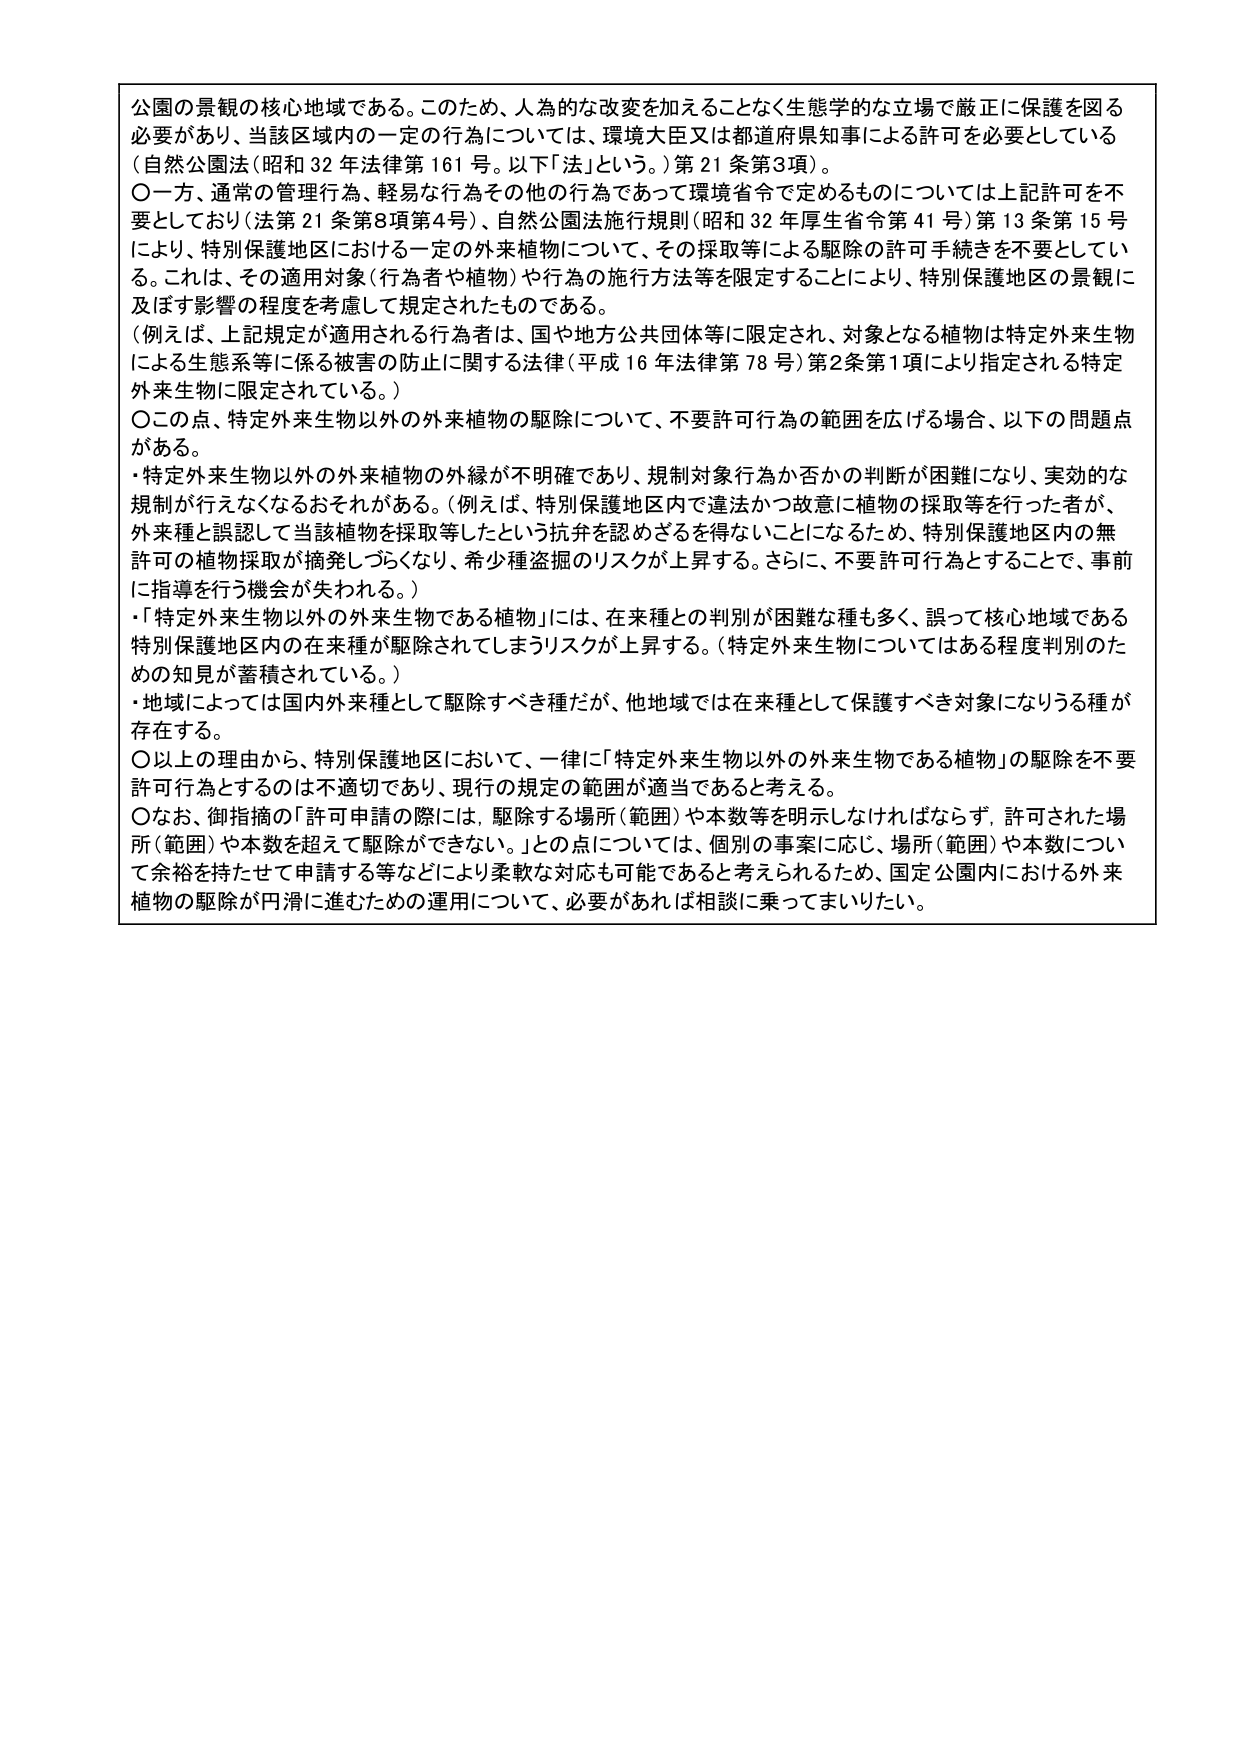
公園の景観の核心地域である。このため、人為的な変更を加えることなく生態学的な立場で厳正に保護を図る必要があり、当該区域内の一定の行為については、環境大臣又は都道府県知事による許可を必要としている（自然公園法（昭和32年法律第161号。以下「法」という。）第21条第3項）。

○一方、通常の管理行為、軽易な行為等その他の行為であって環境省令で定めるものについては上記許可を不要としており（法第21条第8項第4号）、自然公園法施行規則（昭和32年厚生省令第41号）第13条第15号により、特別保護地区における一定の外来植物について、その採取等による駆除の許可手続きを不要としている。これは、その適用対象（行為者や植物）や行為の施行方法等を限定することにより、特別保護地区の景観に及ぼす影響の程度を考慮して規定されたものである。

（例えば、上記規定が適用される行為者は、国や地方公共団体等に限定され、対象となる植物は特定外来生物による生態系等に係る被害の防止に関する法律（平成16年法律第78号）第2条第1項により指定される特定外来生物に限定されている。）

○この点、特定外来生物以外の外来植物の駆除について、不要許可行為の範囲を広げる場合、以下の問題点がある。

・特定外来生物以外の外来植物の外縁が不明確であり、規制対象行為か否かの判断が困難になり、実効的な規制が行えなくなるおそれがある。（例えば、特別保護地区内で違法かつ故意に植物の採取等を行った者が、外来種と誤認して当該植物を採取等したという抗弁を認めざるを得ないことになるため、特別保護地区内の無許可の植物採取が摘発しづらくなり、希少種盗掘のリスクが上昇する。さらに、不要許可行為とすることで、事前に指導を行う機会が失われる。）

・「特定外来生物以外の外来生物である植物」には、在来種との判別が困難な種も多く、誤って核心地域である特別保護地区内の在来種が駆除されてしまうリスクが上昇する。（特定外来生物についてはある程度判別のための知見が蓄積されている。）

・地域によっては国内外来種として駆除すべき種だが、他地域では在来種として保護すべき対象になりうる種が存在する。

○以上の理由から、特別保護地区において、一律に「特定外来生物以外の外来生物である植物」の駆除を不要許可行為とするのは不適切であり、現行の規定の範囲が適当であると考える。

○なお、御指摘の「許可申請の際には、駆除する場所（範囲）や本数等を明示しなければならず、許可された場所（範囲）や本数を超えて駆除できない。」との点については、個別の事案に応じ、場所（範囲）や本数について余裕を持たせて申請する等などにより柔軟な対応も可能であると考えられるため、国定公園内における外来植物の駆除が円滑に進むための運用について、必要があれば相談に乗ってまいりたい。